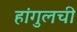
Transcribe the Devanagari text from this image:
हांगुलची